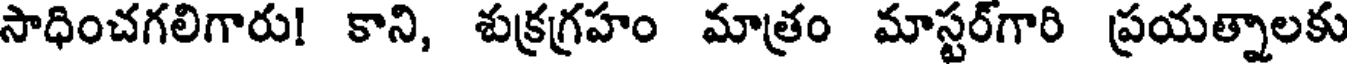
సాధించగలిగారు! కాని, శుక్రగ్రహం మాత్రం మాస్టర్గారి ప్రయత్నాలకు